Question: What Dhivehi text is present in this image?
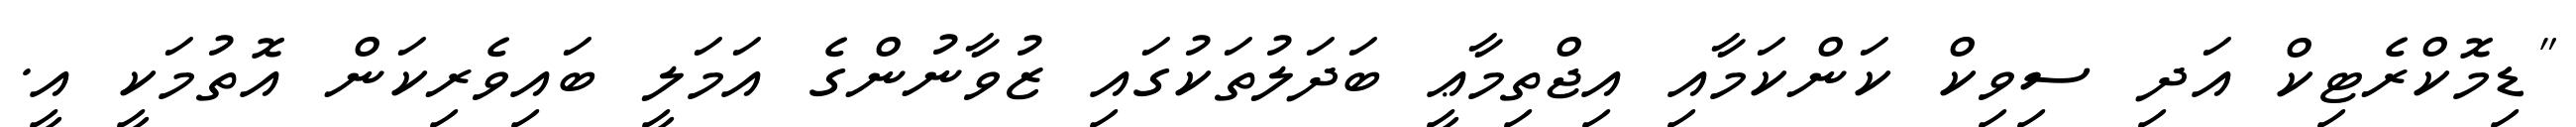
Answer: "ޑިމޮކްރެޓިކް އަދި ސިވިކް ކަންކަމާއި އިޖްތިމާޢީ ބަދަލުތަކުގައި ޒުވާނުންގެ އަމަލީ ބައިވެރިކަން އޮތުމަކީ އީ.